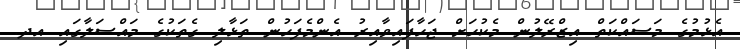
އެޅުމުގެ މަސައްކަތް އިޒްރޭލުން މެކުހަށް ޖަހާފައިވާއިރު އެންމެފަހުން ތަޅާލި ގެތަކުގެ މައްސަލާގައި އދ.